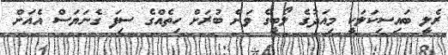
ރެލީ ބައިސިކަލަކީ މިއަދުގެ ލޯބީގެ ވަށް ބުރަށް ހިތެއްގެ ސިފަ ގެނަޔަސް އެއަށް